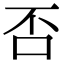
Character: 否